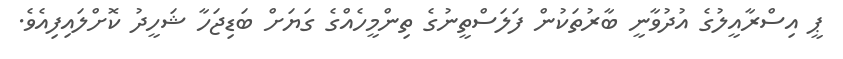
ޕީ އިސްރާއީލުގެ އުދުވާނީ ބާރުތަކުން ފަލަސްތީނުގެ ތިންމީހެއްގެ ގަޔަށް ބަޑިޖަހާ ޝަހީދު ކޮށްލައިފިއެވެ.